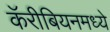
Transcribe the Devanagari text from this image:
कॅरीबियनमध्ये